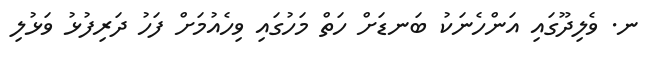
ނ. ވެލިދޫގައި އަންހެނަކު ބަނޑަށް ހަތް މަހުގައި ވިހެއުމަށް ފަހު ދަރިފުޅު ވަޅުލި